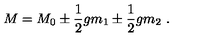
M = M _ { 0 } \pm { \frac { 1 } { 2 } } g m _ { 1 } \pm { \frac { 1 } { 2 } } g m _ { 2 } \ .